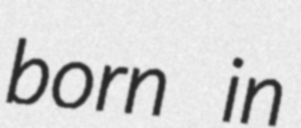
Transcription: born in